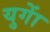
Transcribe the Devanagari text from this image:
युगाें